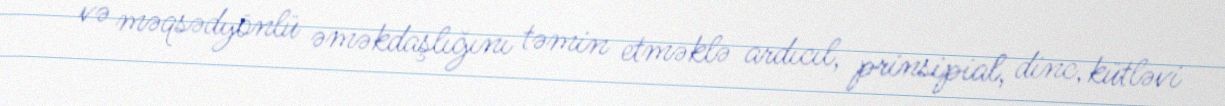
və məqsədyönlü əməkdaşlığını təmin etməklə ardıcıl, prinsipial, dinc, kütləvi